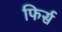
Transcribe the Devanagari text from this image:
फिर्स